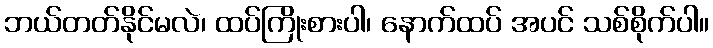
ဘယ်တတ်နိုင်မလဲ၊ ထပ်ကြိုးစားပါ၊ နောက်ထပ် အပင် သစ်စိုက်ပါ။